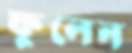
ফুলেন